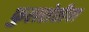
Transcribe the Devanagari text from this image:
फुलशेतीचा